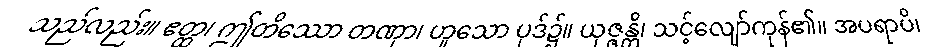
သည်လည်း။ ဧတ္ထ၊ ဤတိဿော တဏှာ၊ ဟူသော ပုဒ်၌။ ယုဇ္ဇန္တိ၊ သင့်လျော်ကုန်၏။ အပရာပိ၊